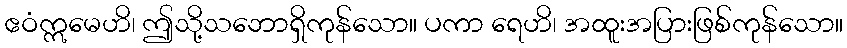
ဧဝံဣမေဟိ၊ ဤသို့သဘောရှိကုန်သော။ ပကာ ရေဟိ၊ အထူးအပြားဖြစ်ကုန်သော။